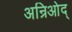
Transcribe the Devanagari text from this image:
अन्रिओद्